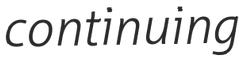
continuing